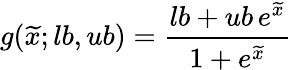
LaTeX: g(\widetilde{x};lb,ub)=\frac{lb+ub\, e^{\widetilde{x}}}{1+e^{\widetilde{x}}}